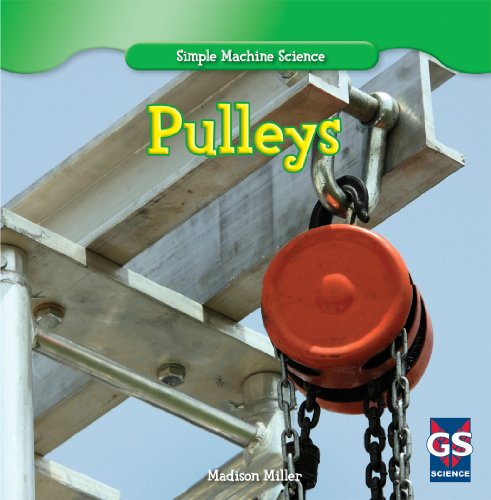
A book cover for Pulleys (Simple Machine Science); Madison Miller; Children's Books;